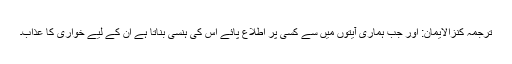
ترجمۂ کنزالایمان: اور جب ہماری آیتوں میں سے کسی پر اطلاع پائے اس کی ہنسی بناتا ہے اُن کے لیے خواری کا عذاب۔